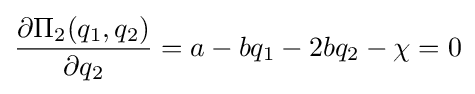
{\frac {\partial \Pi _{2}(q_{1},q_{2})}{\partial q_{2}}}=a-bq_{1}-2bq_{2}-\chi =0